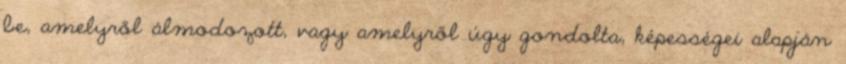
be, amelyről álmodozott, vagy amelyről úgy gondolta, képességei alapján